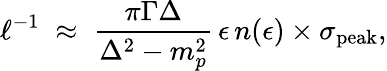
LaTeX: \ell^{-1}\; \approx\; {\frac{\pi\Gamma\Delta}{\Delta^{2}-m_{p}^{2}}}\, \epsilon\, n(\epsilon)\times\sigma_{\mathrm{peak}},